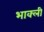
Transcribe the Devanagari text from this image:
भाक्ली